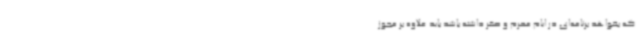
که بخواهد برنامه‌ای در ایام محرم و صفر داشته باشد باید علاوه بر مجوز